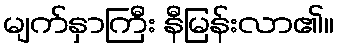
မျက်နှာကြီး နီမြန်းလာ၏။